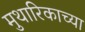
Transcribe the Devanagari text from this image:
मुथारिकाच्या